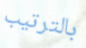
بالترتيب